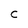
Character: C